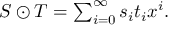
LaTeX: \textstyle S \odot T = \sum _ { i = 0 } ^ { \infty } s _ { i } t _ { i } x ^ { i } .